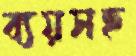
ব্যয়সহ